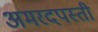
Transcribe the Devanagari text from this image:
अमरदपस्ती